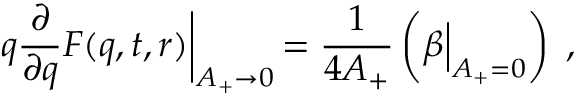
q \frac { \partial } { \partial q } F ( q , t , r ) \biggl | _ { A _ { + } \to 0 } \, = \frac { 1 } { 4 A _ { + } } \left( \beta \Bigl | _ { A _ { + } = 0 } \right) \; ,